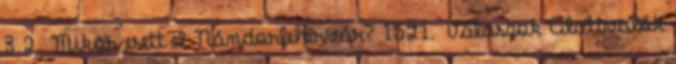
3 2. Mikor esett el Nándorfehérvár? 1521. Válaszok Alattvalók